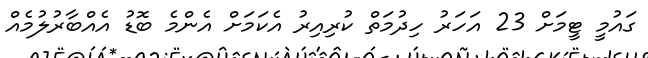
ގައުމީ ޓީމަށް 23 އަހަރު ހިދުމަތް ކުރިއިރު އެކަމަށް އެންމެ ބޮޑު އެއްބާރުލުމެއް